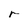
Character: r